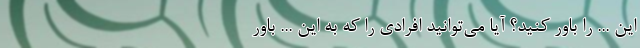
این ... را باور کنید؟ آیا می‌توانید افرادی را که به این ... باور